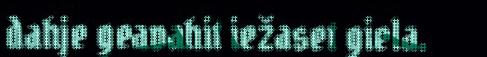
dahje geavahit iežaset giela.